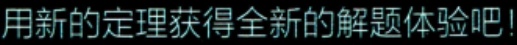
用新的定理获得全新的解题体验吧!